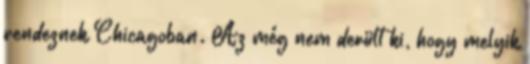
rendeznek Chicagoban. Az még nem derült ki, hogy melyik